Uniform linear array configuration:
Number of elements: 4
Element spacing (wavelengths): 0.75
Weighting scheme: cosine
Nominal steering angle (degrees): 30
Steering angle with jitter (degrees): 31.195
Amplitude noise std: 0.05
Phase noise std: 0.05

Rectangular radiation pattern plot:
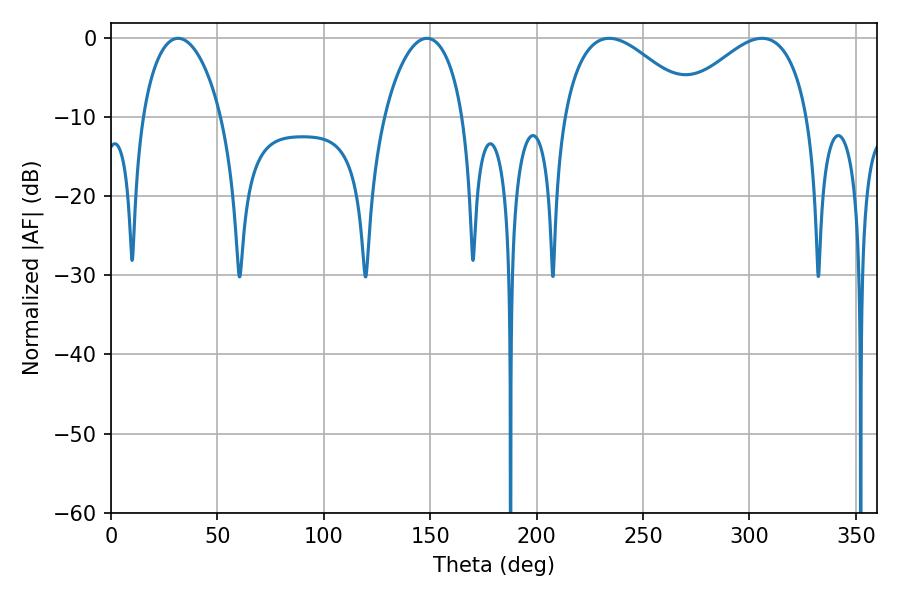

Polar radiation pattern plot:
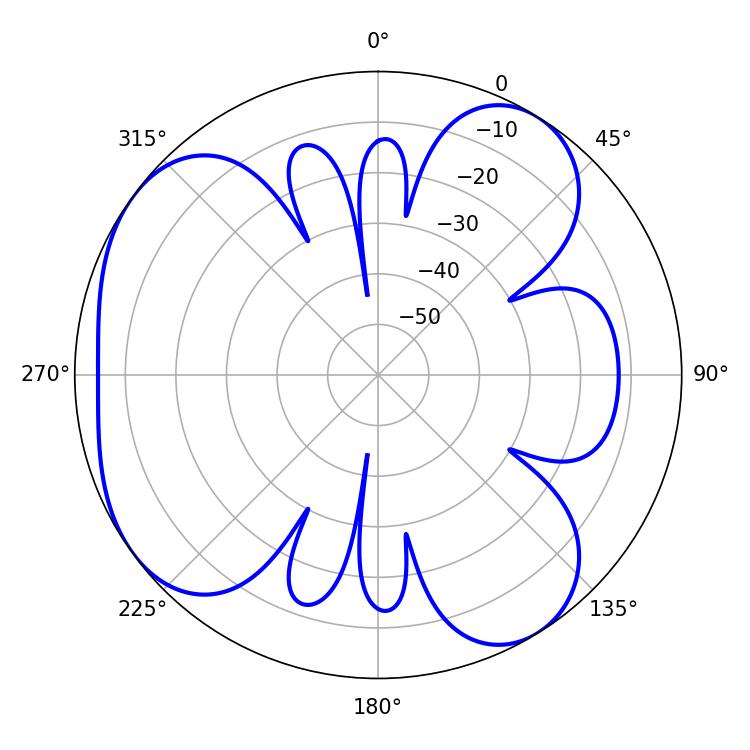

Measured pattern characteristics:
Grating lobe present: TRUE
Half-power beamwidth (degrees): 21.06
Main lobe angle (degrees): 31.5